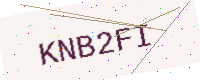
Text: KNB2FI